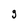
Character: g